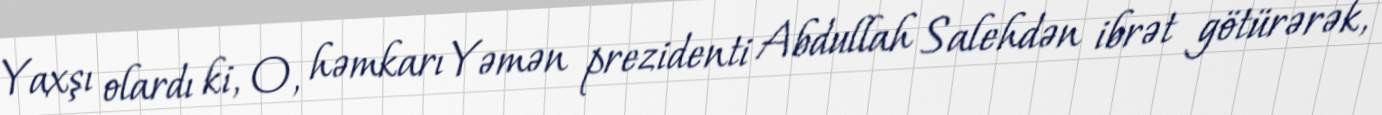
Yaxşı olardı ki, O, həmkarı Yəmən prezidenti Abdullah Salehdən ibrət götürərək,